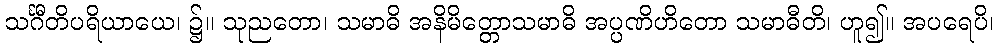
သင်္ဂီတိပရိယာယေ၊ ၌။ သုညတော၊ သမာဓိ အနိမိတ္တောသမာဓိ အပ္ပဏိဟိတော သမာဓီတိ၊ ဟူ၍။ အပရေပိ၊